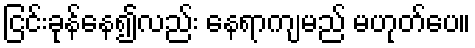
ငြင်းခုန်နေ၍လည်း နေရာကျမည် မဟုတ်ပေ။